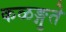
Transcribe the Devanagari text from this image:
कळङ्गुते